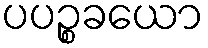
ပပဉ္စခယော